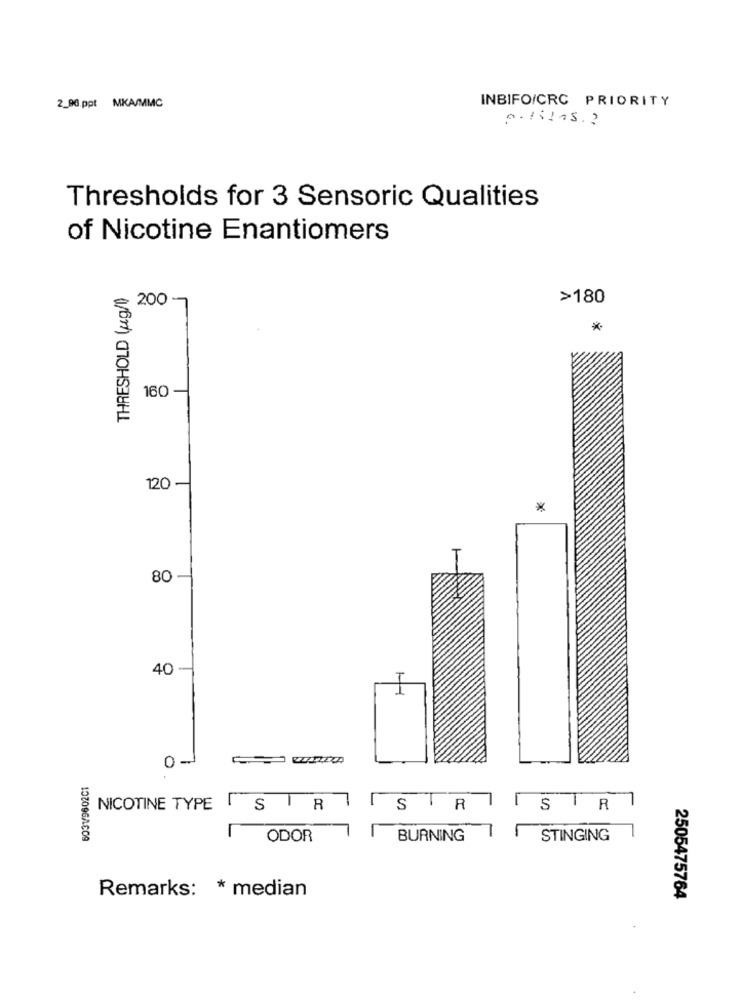
2_90 ppt MKA/MMC
INBIFO/CRC PRIORITY
politas .?
Thresholds for 3 Sensoric Qualities
of Nicotine Enantiomers
THRESHOLD (ug/l)
200 -
>180
*
160
120 -
80
40
0 -
NICOTINE TYPE
ISR
R
107096/609
ODOR
BURNING
STINGING
Remarks: * median
2505475764